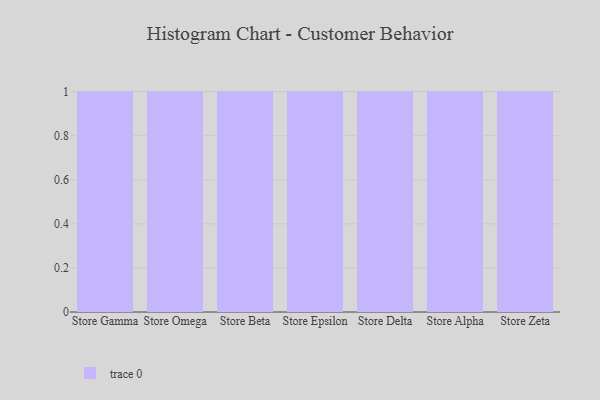
{"axis": {"x": "Store", "y": "Population (Million)"}, "legend": [""], "data": [{"x": "Store Gamma", "y": 21, "type": ""}, {"x": "Store Omega", "y": 44, "type": ""}, {"x": "Store Beta", "y": 22, "type": ""}, {"x": "Store Epsilon", "y": 65, "type": ""}, {"x": "Store Delta", "y": 6, "type": ""}, {"x": "Store Alpha", "y": 79, "type": ""}, {"x": "Store Zeta", "y": 19, "type": ""}]}